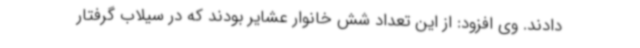
دادند. وی افزود: از این تعداد شش خانوار عشایر بودند که در سیلاب گرفتار